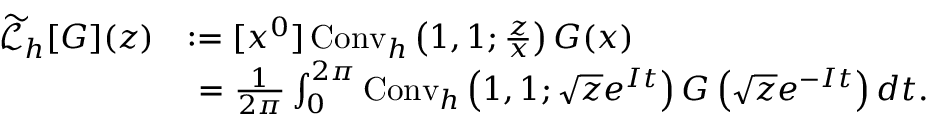
{ \begin{array} { r l } { { \widetilde { \mathcal { L } } } _ { h } [ G ] ( z ) } & { : = [ x ^ { 0 } ] \operatorname { C o n v } _ { h } \left( 1 , 1 ; { \frac { z } { x } } \right) G ( x ) } \\ & { \ = { \frac { 1 } { 2 \pi } } \int _ { 0 } ^ { 2 \pi } \operatorname { C o n v } _ { h } \left( 1 , 1 ; { \sqrt { z } } e ^ { I t } \right) G \left( { \sqrt { z } } e ^ { - I t } \right) d t . } \end{array} }